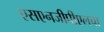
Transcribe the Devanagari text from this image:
एसएनजीपीएलचा